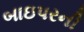
બાઇપરની